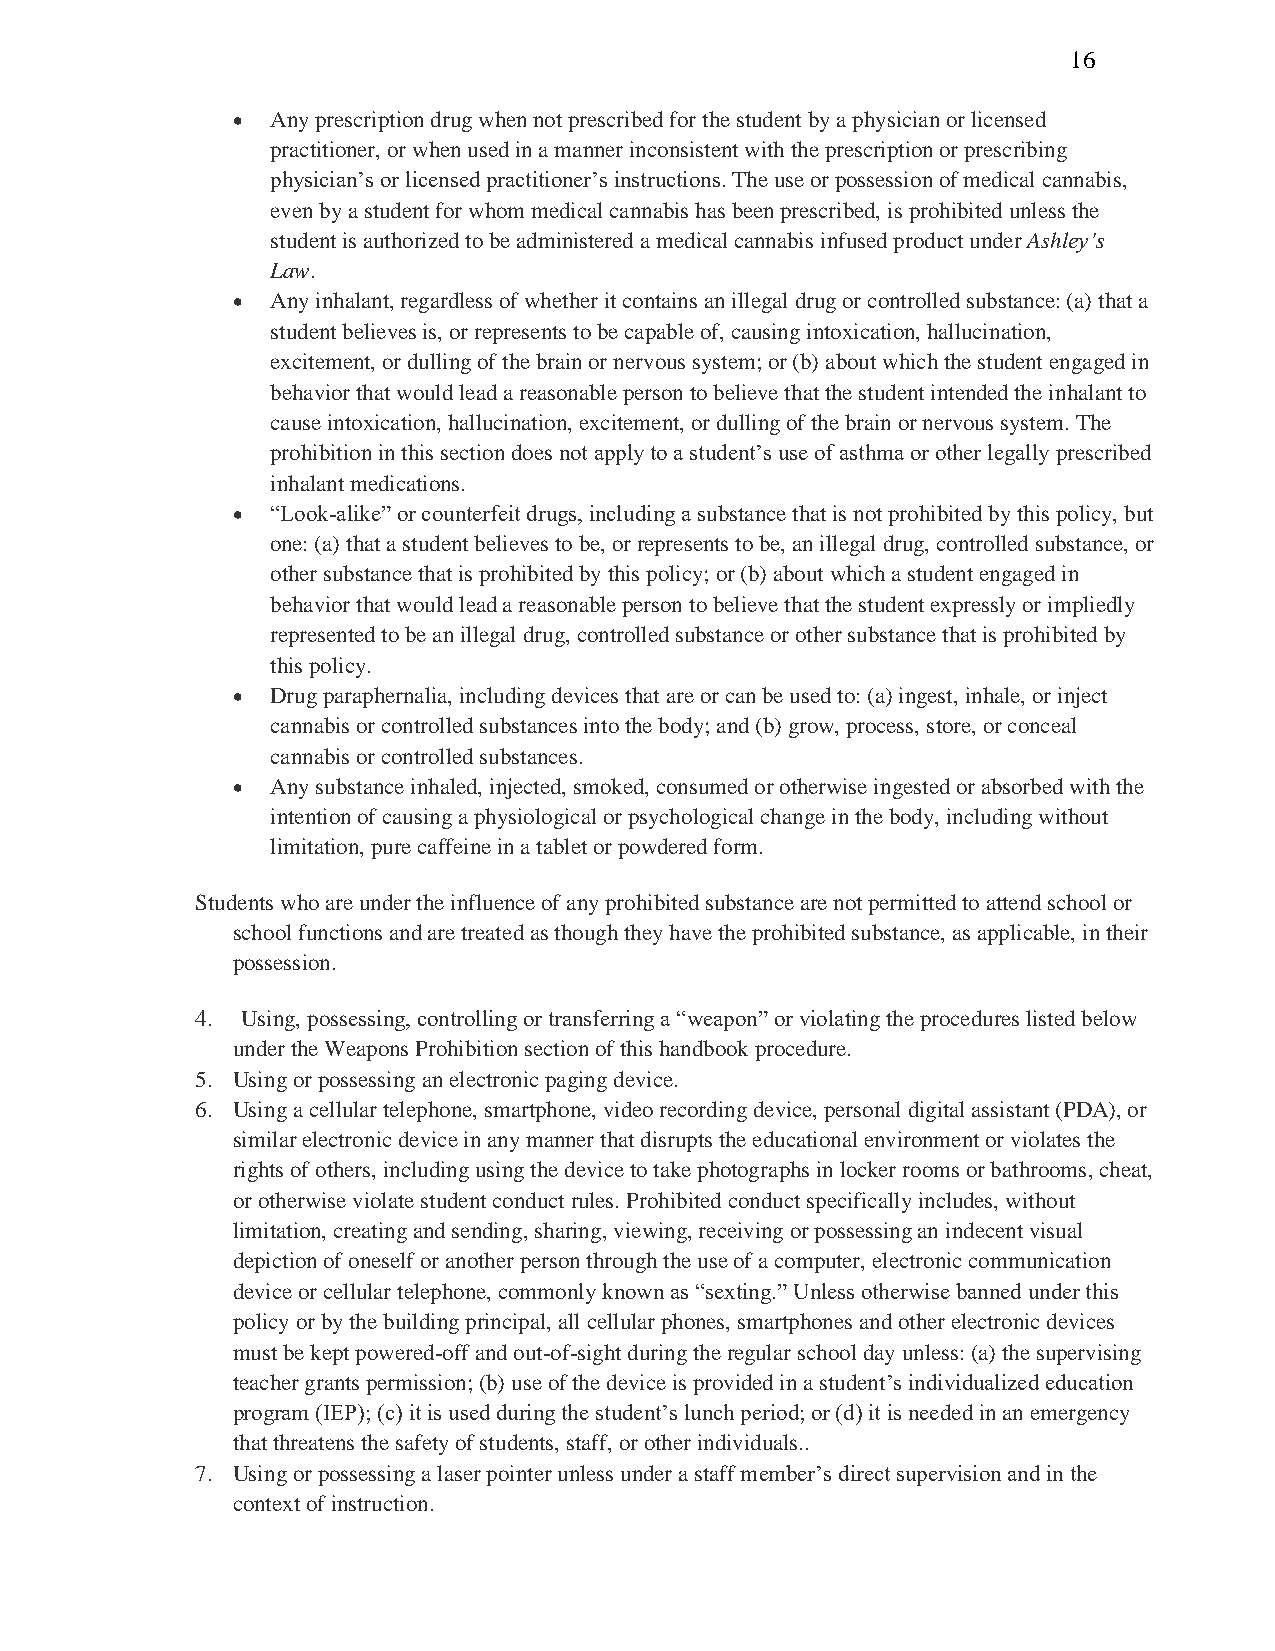
16
 •  Any prescription drug when not prescribed for the student by a physician or licensed
 practitioner, or when used in a manner inconsistent with the prescription or prescribing
 physician’s or licensed practitioner’s instructions. The use or possession of medical cannabis,
 even by a student for whom medical cannabis has been prescribed, is prohibited unless the
 student is authorized to be administered a medical cannabis infused product under Ashley’s
 Law.
 •  Any inhalant, regardless of whether it contains an illegal drug or controlled substance: (a) that a
 student believes is, or represents to be capable of, causing intoxication, hallucination,
 excitement, or dulling of the brain or nervous system; or (b) about which the student engaged in
 behavior that would lead a reasonable person to believe that the student intended the inhalant to
 cause intoxication, hallucination, excitement, or dulling of the brain or nervous system. The
 prohibition in this section does not apply to a student’s use of asthma or other legally prescribed
 inhalant medications.
 •  “Look-alike” or counterfeit drugs, including a substance that is not prohibited by this policy, but
 one: (a) that a student believes to be, or represents to be, an illegal drug, controlled substance, or
 other substance that is prohibited by this policy; or (b) about which a student engaged in
 behavior that would lead a reasonable person to believe that the student expressly or impliedly
 represented to be an illegal drug, controlled substance or other substance that is prohibited by
 this policy.
 •  Drug paraphernalia, including devices that are or can be used to: (a) ingest, inhale, or inject
 cannabis or controlled substances into the body; and (b) grow, process, store, or conceal
 cannabis or controlled substances.
 •  Any substance inhaled, injected, smoked, consumed or otherwise ingested or absorbed with the
 intention of causing a physiological or psychological change in the body, including without
 limitation, pure caffeine in a tablet or powdered form.
 Students who are under the influence of any prohibited substance are not permitted to attend school or
 school functions and are treated as though they have the prohibited substance, as applicable, in their
 possession.
 4. Using, possessing, controlling or transferring a “weapon” or violating the procedures listed below
 under the Weapons Prohibition section of this handbook procedure.
 5. Using or possessing an electronic paging device.
 6. Using a cellular telephone, smartphone, video recording device, personal digital assistant (PDA), or
 similar electronic device in any manner that disrupts the educational environment or violates the
 rights of others, including using the device to take photographs in locker rooms or bathrooms, cheat,
 or otherwise violate student conduct rules. Prohibited conduct specifically includes, without
 limitation, creating and sending, sharing, viewing, receiving or possessing an indecent visual
 depiction of oneself or another person through the use of a computer, electronic communication
 device or cellular telephone, commonly known as “sexting.” Unless otherwise banned under this
 policy or by the building principal, all cellular phones, smartphones and other electronic devices
 must be kept powered-off and out-of-sight during the regular school day unless: (a) the supervising
 teacher grants permission; (b) use of the device is provided in a student’s individualized education
 program (IEP); (c) it is used during the student’s lunch period; or (d) it is needed in an emergency
 that threatens the safety of students, staff, or other individuals..
 7. Using or possessing a laser pointer unless under a staff member’s direct supervision and in the
 context of instruction.